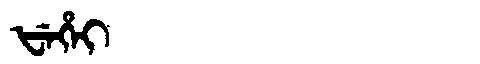
Manchu: ᡶᡝᡥᡝᡳ
Romanization: FEHEI